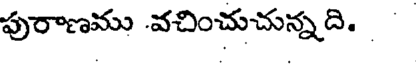
పురాణము వచించుచున్నది.